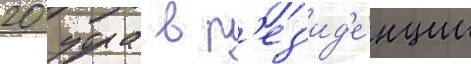
20 утра в р'ез'ид'е́нции